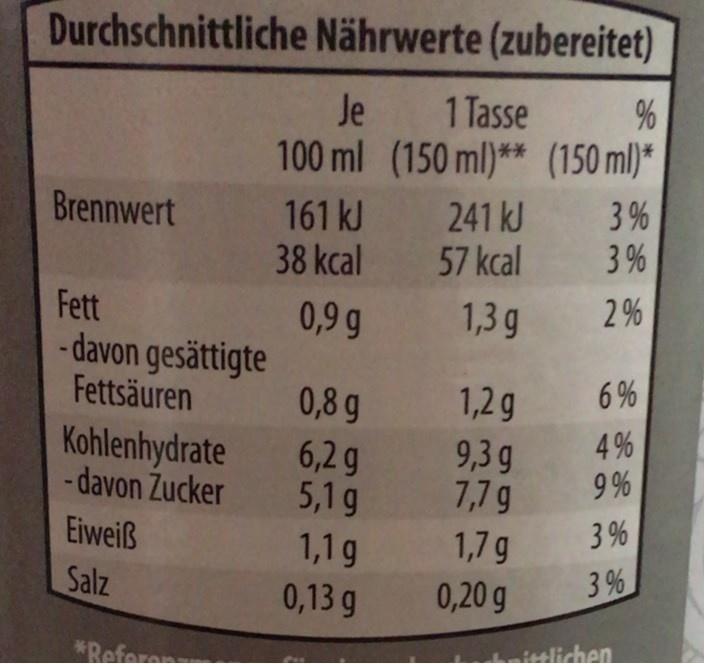
Durchschnittliche Nährwerte (zubereitet)
Je 1 Tasse 100 ml (150 ml)** (150 ml)*
Brennwert
161 kJ 241 kJ 38 kcal 57 kcal
3 % 3%
Fett - davon gesättigte Fettsäuren
0,9 g
1,3 g
2%
6 %
0,8 g Kohlenhydrate 6,2 g - davon Zucker 5,1g
1,2g
4% 9 %
9,3 g 7,7g 1,7 g
Eiweiß
1,1g
3 %
Salz
0,13 g
0,20 g
3 %
*Refore
atelichen